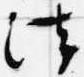
法